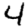
Digit: 4